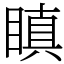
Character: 瞋